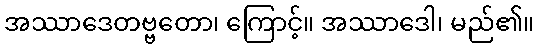
အဿာဒေတဗ္ဗတော၊ ကြောင့်။ အဿာဒေါ၊ မည်၏။